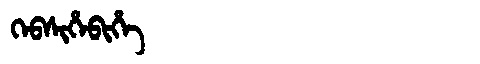
Manchu: ᡴᡝᠪᠰᡳᡥᡝᠪᡳᡥᡝ
Romanization: KEBSIHEBIHE